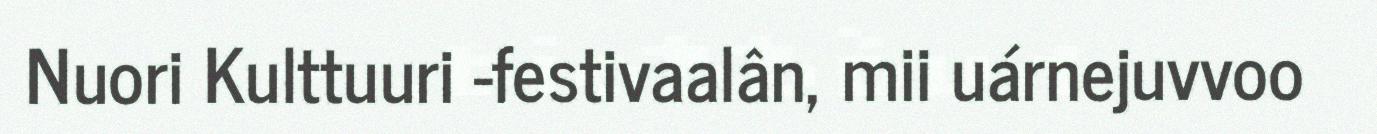
Nuori Kulttuuri -festivaalân, mii uárnejuvvoo